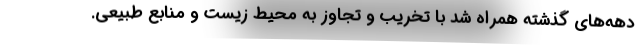
دهه‌های گذشته همراه شد با تخریب و تجاوز به محیط زیست و منابع طبیعی.